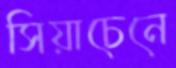
সিয়াচেনে